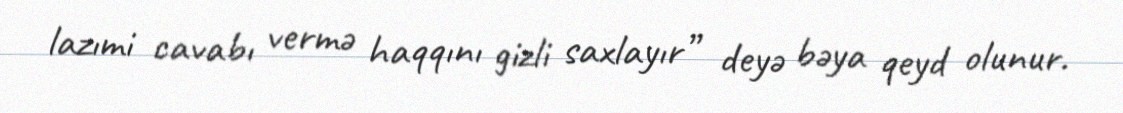
lazımi cavabı vermə haqqını gizli saxlayır” deyə bəya qeyd olunur.